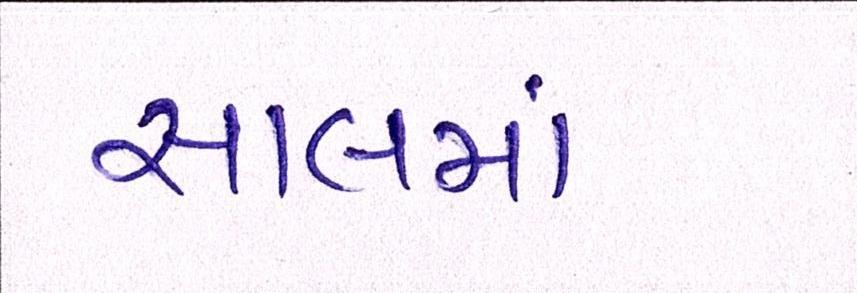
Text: સાલમાં